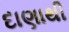
દાણાથી